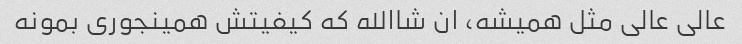
عالی عالی مثل همیشه، ان شاالله که کیفیتش همینجوری بمونه